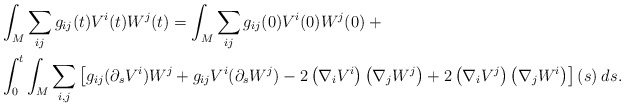
\begin{align*} & \int_M \sum_{ij} g_{ij}(t) V^i(t) W^j(t) = \int_M \sum_{ij} g_{ij}(0) V^i(0) W^j(0) \: + \\& \int_0^t \int_M \sum_{i,j} \left[g_{ij} (\partial_s V^i) W^j + g_{ij} V^i (\partial_s W^j) -2 \left( \nabla_i V^i \right) \left( \nabla_j W^j \right) + 2 \left( \nabla_i V^j \right) \left( \nabla_j W^i \right) \right](s) \:ds. \end{align*}